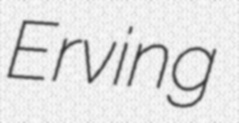
Erving